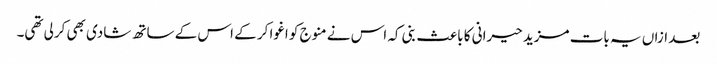
بعد ازاں یہ بات مزید حیرانی کا باعث بنی کہ اس نے منوج کو اغوا کر کے اس کے ساتھ شادی بھی کرلی تھی۔